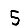
Digit: 5